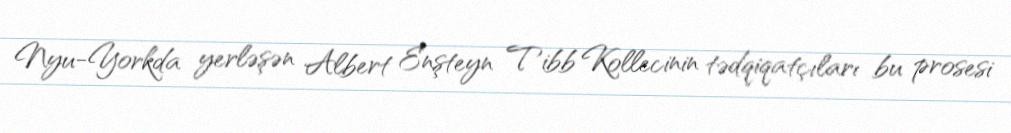
Nyu-Yorkda yerləşən Albert Enşteyn Tibb Kollecinin tədqiqatçıları bu prosesi